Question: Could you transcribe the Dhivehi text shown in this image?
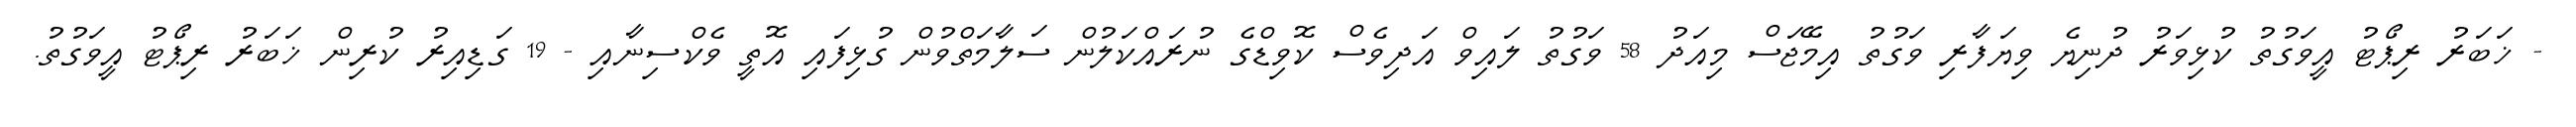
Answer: - ޚަބަރު ރިޕޯޓު އީވަގުތު ކުޅިވަރު ދުނިޔެ ވިޔަފާރި ވަގުތު އިމޭޖަސް މިއަދު 58 ވަގުތު ލައިވް އަދިވެސް ކޮވިޑްގެ ނުރައްކަލުން ސަލާމަތްވުން ގުޅިފައި އޮތީ ވެކްސިނާއި - 19 ގަޑިއިރު ކުރިން ޚަބަރު ރިޕޯޓު އީވަގުތު.